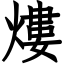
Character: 熡